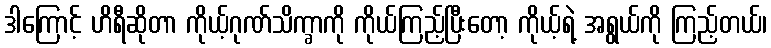
ဒါကြောင့် ဟိရီဆိုတာ ကိုယ့်ဂုဏ်သိက္ခာကို ကိုယ်ကြည့်ပြီးတော့ ကိုယ့်ရဲ့ အရွယ်ကို ကြည့်တယ်၊